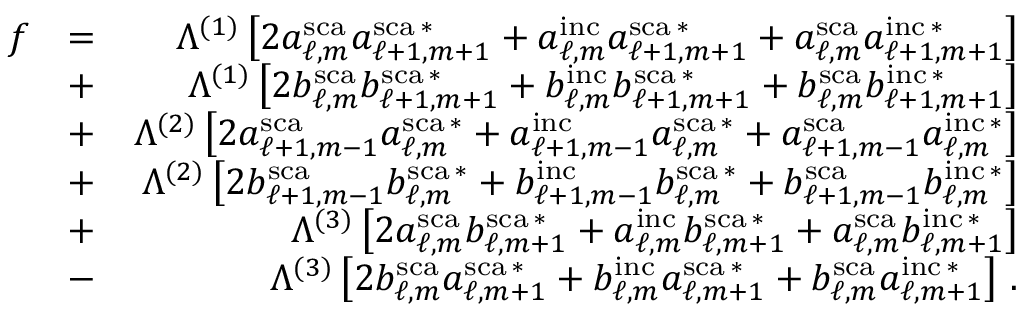
\begin{array} { r l r } { f } & { = } & { \Lambda ^ { ( 1 ) } \left[ 2 a _ { \ell , m } ^ { \mathrm { s c a } } a _ { \ell + 1 , m + 1 } ^ { \mathrm { s c a } \, * } + a _ { \ell , m } ^ { \mathrm { i n c } } a _ { \ell + 1 , m + 1 } ^ { \mathrm { s c a } \, * } + a _ { \ell , m } ^ { \mathrm { s c a } } a _ { \ell + 1 , m + 1 } ^ { \mathrm { i n c } \, * } \right] } \\ & { + } & { \Lambda ^ { ( 1 ) } \left[ 2 b _ { \ell , m } ^ { \mathrm { s c a } } b _ { \ell + 1 , m + 1 } ^ { \mathrm { s c a } \, * } + b _ { \ell , m } ^ { \mathrm { i n c } } b _ { \ell + 1 , m + 1 } ^ { \mathrm { s c a } \, * } + b _ { \ell , m } ^ { \mathrm { s c a } } b _ { \ell + 1 , m + 1 } ^ { \mathrm { i n c } \, * } \right] } \\ & { + } & { \Lambda ^ { ( 2 ) } \left[ 2 a _ { \ell + 1 , m - 1 } ^ { \mathrm { s c a } } a _ { \ell , m } ^ { \mathrm { s c a } \, * } + a _ { \ell + 1 , m - 1 } ^ { \mathrm { i n c } } a _ { \ell , m } ^ { \mathrm { s c a } \, * } + a _ { \ell + 1 , m - 1 } ^ { \mathrm { s c a } } a _ { \ell , m } ^ { \mathrm { i n c } \, * } \right] } \\ & { + } & { \Lambda ^ { ( 2 ) } \left[ 2 b _ { \ell + 1 , m - 1 } ^ { \mathrm { s c a } } b _ { \ell , m } ^ { \mathrm { s c a } \, * } + b _ { \ell + 1 , m - 1 } ^ { \mathrm { i n c } } b _ { \ell , m } ^ { \mathrm { s c a } \, * } + b _ { \ell + 1 , m - 1 } ^ { \mathrm { s c a } } b _ { \ell , m } ^ { \mathrm { i n c } \, * } \right] } \\ & { + } & { \Lambda ^ { ( 3 ) } \left[ 2 a _ { \ell , m } ^ { \mathrm { s c a } } b _ { \ell , m + 1 } ^ { \mathrm { s c a } \, * } + a _ { \ell , m } ^ { \mathrm { i n c } } b _ { \ell , m + 1 } ^ { \mathrm { s c a } \, * } + a _ { \ell , m } ^ { \mathrm { s c a } } b _ { \ell , m + 1 } ^ { \mathrm { i n c } \, * } \right] } \\ & { - } & { \Lambda ^ { ( 3 ) } \left[ 2 b _ { \ell , m } ^ { \mathrm { s c a } } a _ { \ell , m + 1 } ^ { \mathrm { s c a } \, * } + b _ { \ell , m } ^ { \mathrm { i n c } } a _ { \ell , m + 1 } ^ { \mathrm { s c a } \, * } + b _ { \ell , m } ^ { \mathrm { s c a } } a _ { \ell , m + 1 } ^ { \mathrm { i n c } \, * } \right] \, . } \end{array}